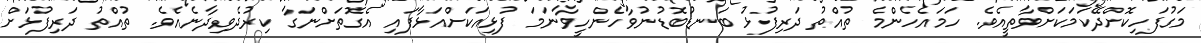
މަގުފަހިކޮށްދޭކަމަކަށްވާތީއެވެ. ހަމައެހެންމެ ތުއްތު ދަރިފުޅު ބަނޑުބޮޑުނުވާހެންހީވާނަމަ ފުޅިއަކަށްއަޅާފައި އެގޮތަށްނަގާ ކިރުދެވިދާނެއެވެ. ތުއްތު ދަރިފުޅަށް